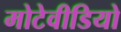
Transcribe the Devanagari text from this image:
मोटेवीडियो